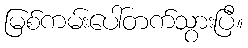
မြစ်ကမ်းပေါ်တက်သွားပြီ။